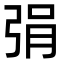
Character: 弲